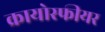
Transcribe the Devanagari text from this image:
क्रायोस्फीयर